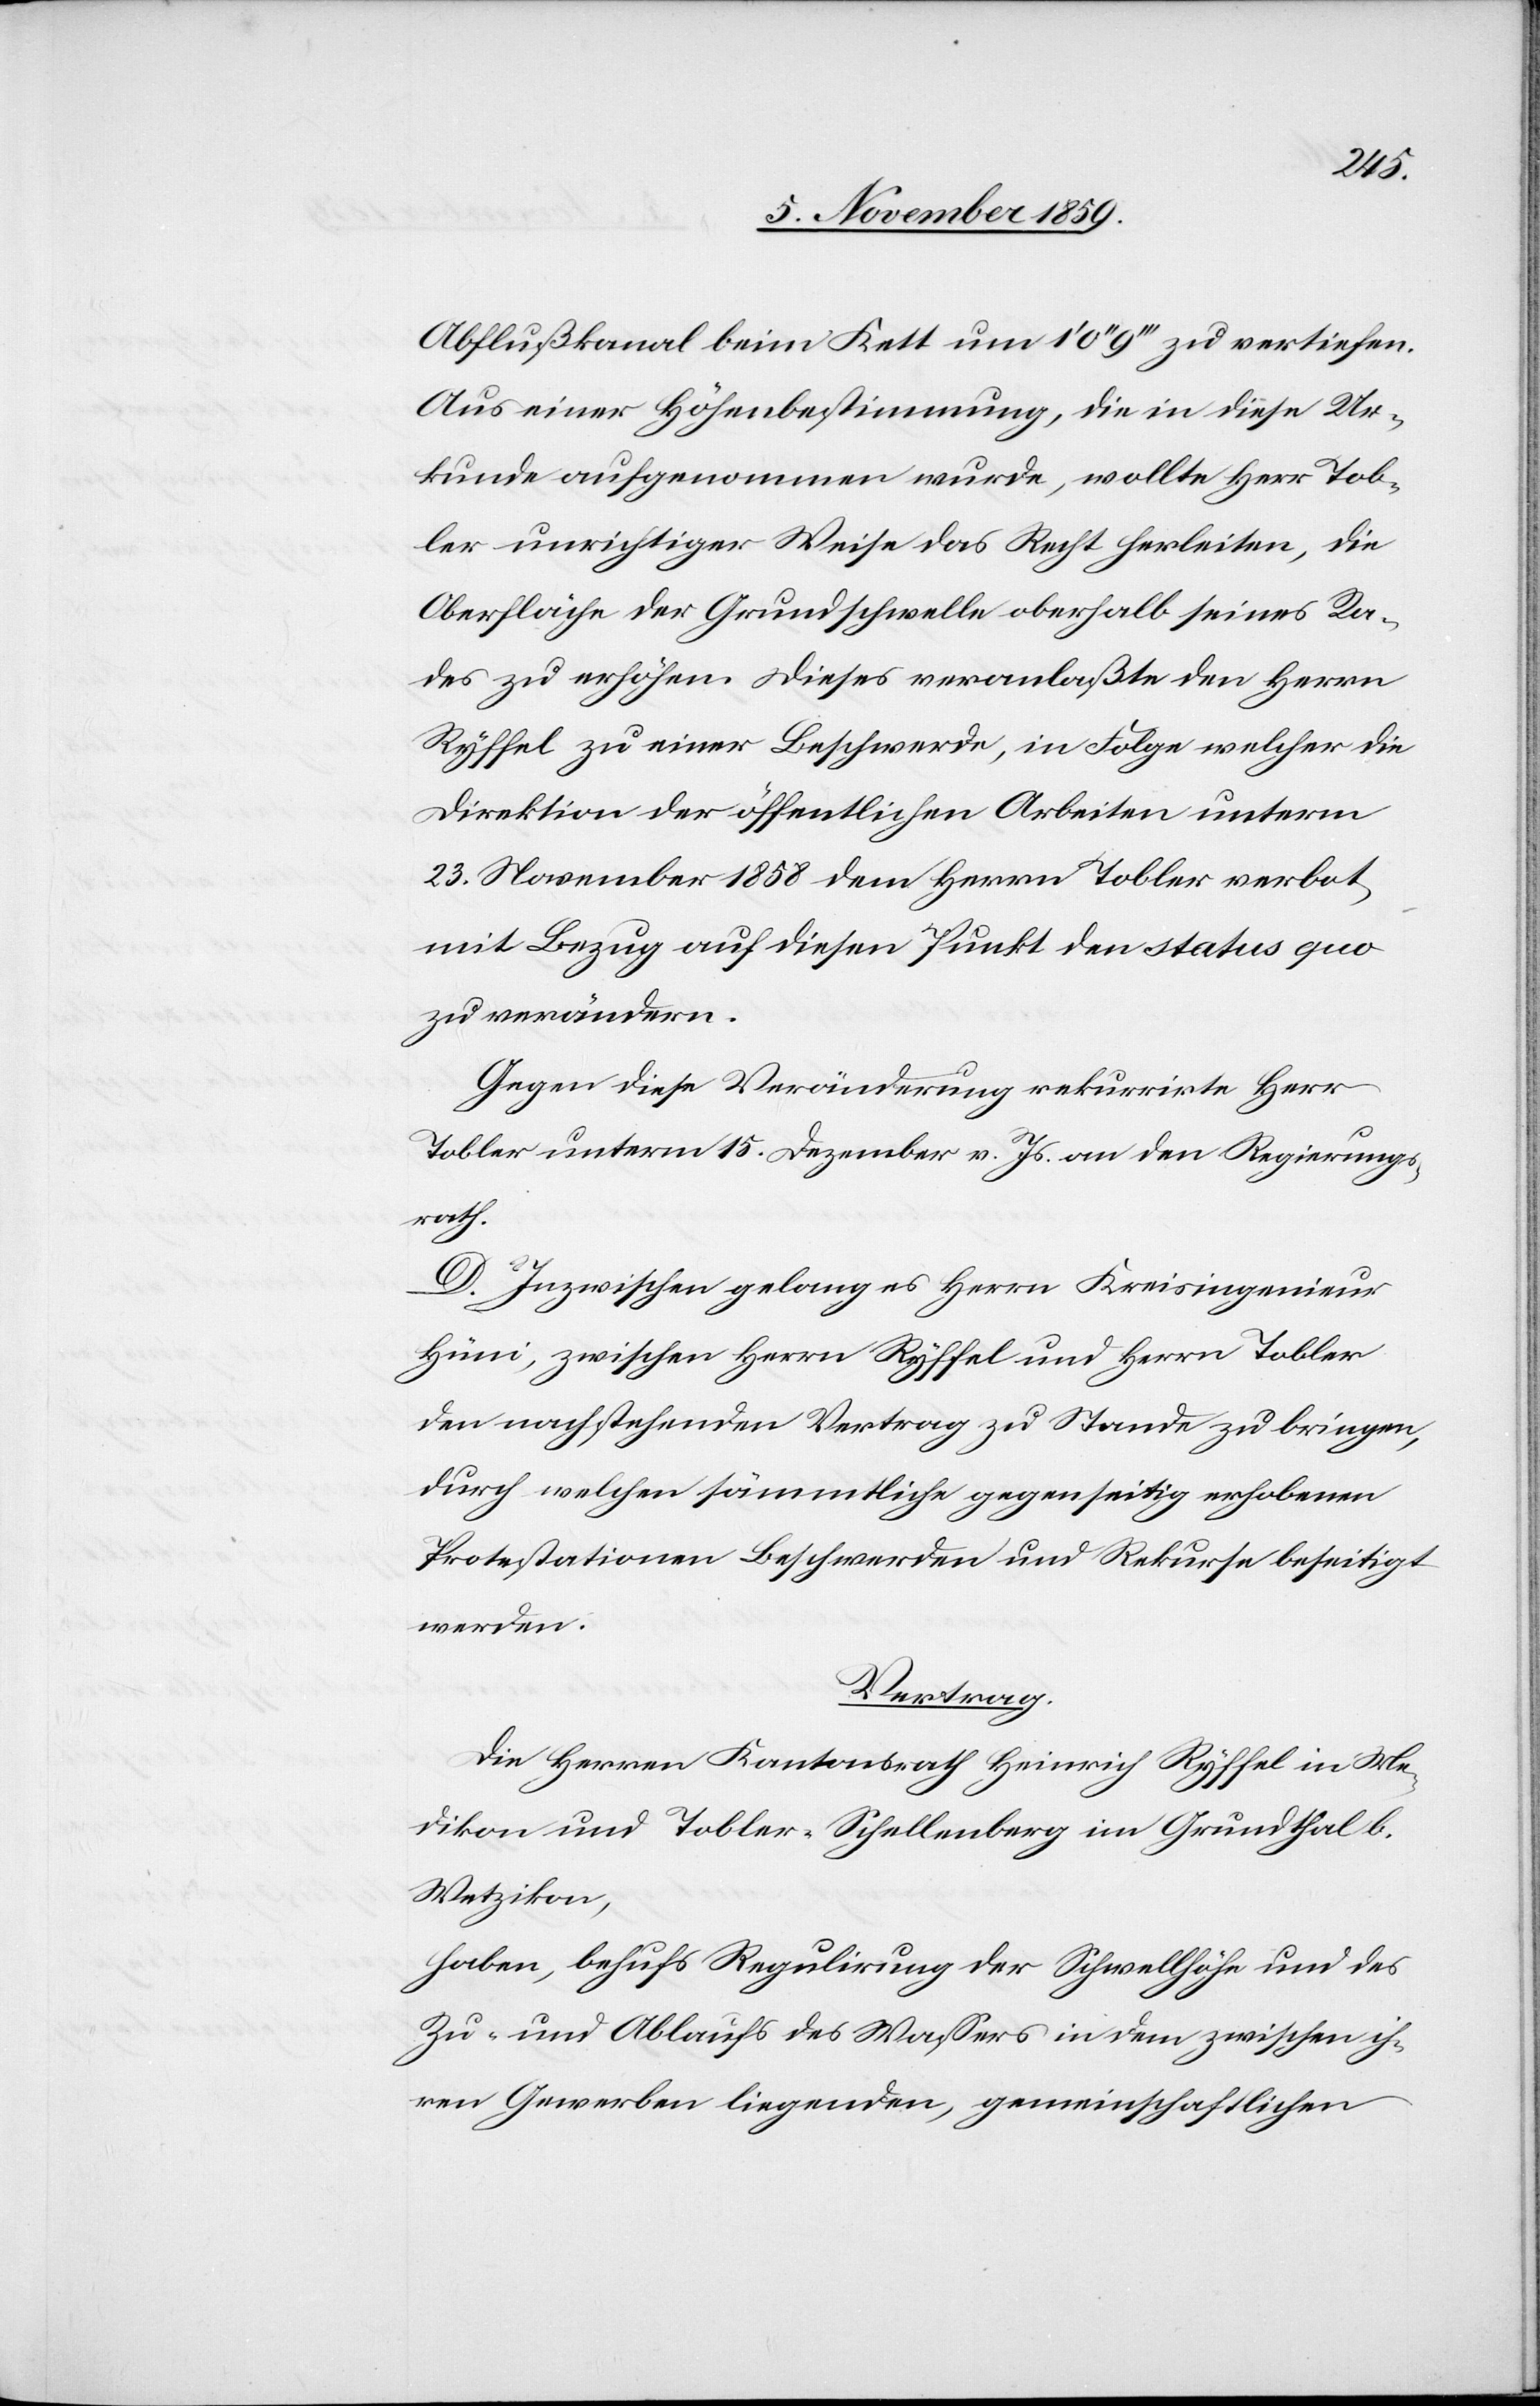
Abflußkanal beim Kett um 1’0’’9’’’ zu vertiefen.
Aus einer Höhenbestimmung, die in diese Ur¬
kunde aufgenommen wurde, wollte Herr Tob¬
ler unrichtiger Weise das Recht herleiten, die
Oberfläche der Grundschwelle oberhalb seines Ra¬
des zu erhöhen. Dieses veranlaßte den Herrn
Ryffel zu einer Beschwerde, in Folge welcher die
Direktion der öffentlichen Arbeiten unterm
23. November 1858 dem Herrn Tobler verbot,
mit Bezug auf diesen Punkt den status quo
zu verändern.
Gegen diese Veränderung rekurrirte Herr
Tobler unterm 15. Dezember v. Js. an den Regierungs¬
rath.
D. Inzwischen gelang es Herrn Kreisingenieur
Hüni, zwischen Herrn Ryffel und Herrn Tobler
den nachstehenden Vertrag zu Stande zu bringen,
durch welchen sämmtliche gegenseitig erhobenen
Protestationen Beschwerden und Rekurse beseitigt
werden.
Vertrag.
Die Herren Kantonsrath Heinrich Ryffel in Me¬
dikon und Tobler-Schellenberg im Grundthal b.
Wetzikon,
haben, behufs Regulirung der Schwellhöhe und des
Zu- und Ablaufs des Wassers in dem zwischen ih¬
ren Gewerben liegenden, gemeinschaftlichen